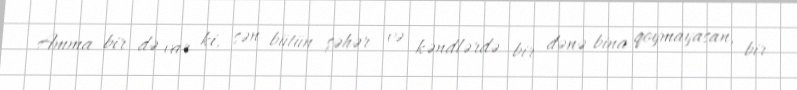
Amma bir də var ki, sən bütün şəhər və kəndlərdə bir dənə bina qoymayasan, bir